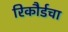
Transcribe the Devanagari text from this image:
रिकौर्डचा